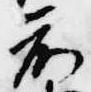
前